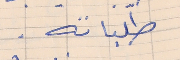
طلباته .